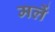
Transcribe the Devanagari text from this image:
मलें